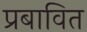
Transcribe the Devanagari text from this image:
प्रबावित